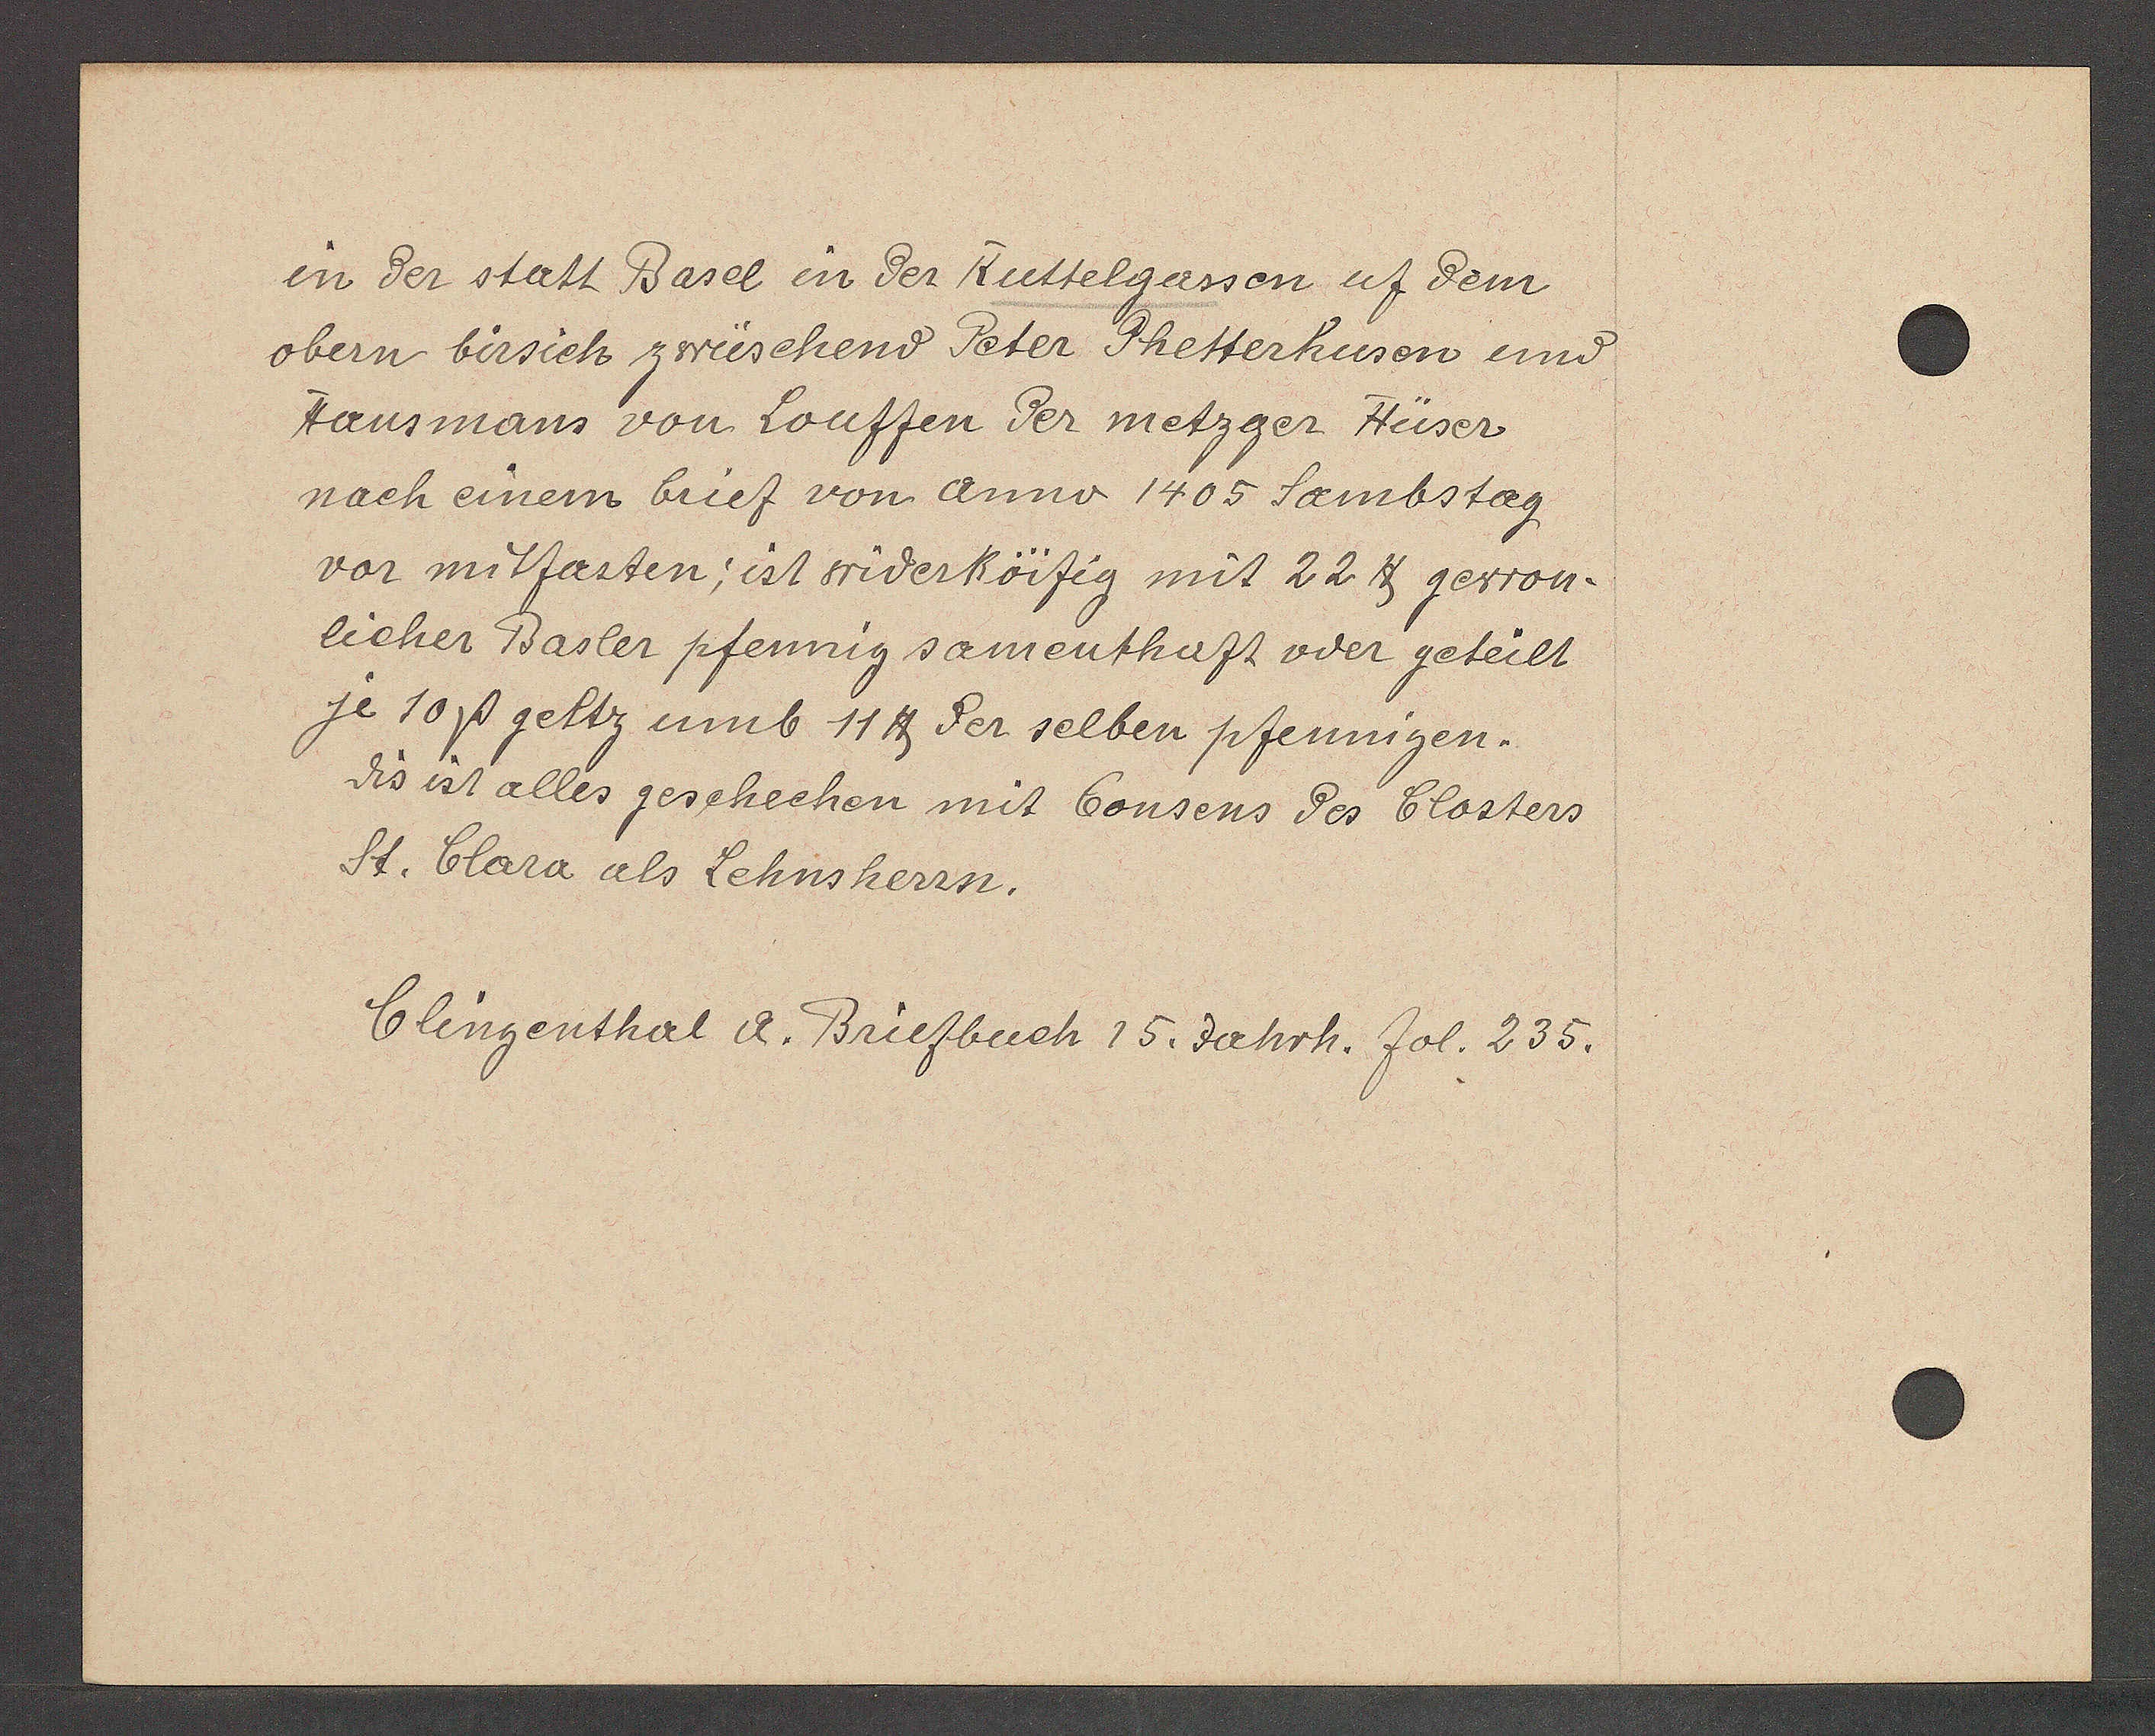
Transcript:
in der statt Basel in der Ruttelgassen uf dem
obern birsich zwüschend Peter Phetterhusen und
Hausmans von Louffen der metzger Hüser
nach einem brief von Anno 1405 Samstag
vor mitfasten; ist widerköifig mit 22 ℔ gewon¬
licher Basler pfennig samenthaft oder geteilt
je 10ß geltz umb 11 ℔ der selben pfennigen.
dis ist alles geschechen mit Consens des Closters
St. Clara als Lehnsherrn.

Clingenthal A. Briefbuch 15. Jahrh. fol. 235.